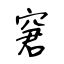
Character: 窘